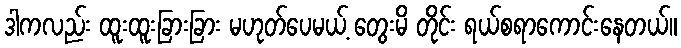
ဒါကလည်း ထူးထူးခြားခြား မဟုတ်ပေမယ့် တွေးမိ တိုင်း ရယ်စရာကောင်းနေတယ်။